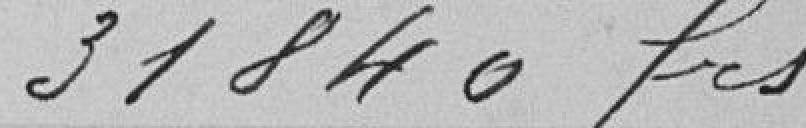
31.840 francs.